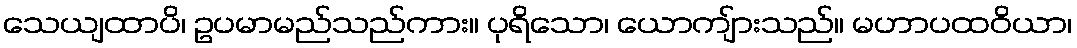
သေယျထာပိ၊ ဥပမာမည်သည်ကား။ ပုရိသော၊ ယောကျ်ားသည်။ မဟာပထဝိယာ၊